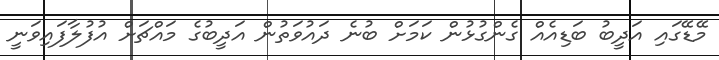
މޭޑޭގައި އަދީބު ބަޑިއެެއް ގެންގުޅުން ކަމަށް ބުނެ ދައުވަތުން އަދީބުގެ މައްޗަށް އުފުލާފައިވަނީ